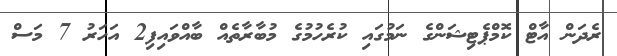
ރެދަން އާޓް ކޮމްޕެޓިޝަންގެ ނަމުގައި ކުރެހުމުގެ މުބާރާތެއް ބާއްވައިފި2 އަހަރު 7 މަސް